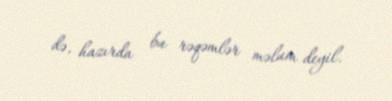
də, hazırda bu rəqəmlər məlum deyil.